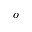
\boldsymbol { o }